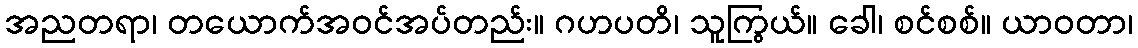
အညတရာ၊ တယောက်အဝင်အပ်တည်း။ ဂဟပတိ၊ သူကြွယ်။ ခေါ၊ စင်စစ်။ ယာဝတာ၊